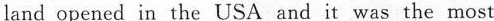
land opened in the USA and it was the most